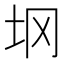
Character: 𰉙